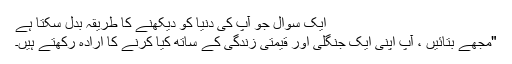
ایک سوال جو آپ کی دنیا کو دیکھنے کا طریقہ بدل سکتا ہے
"مجھے بتائیں ، آپ اپنی ایک جنگلی اور قیمتی زندگی کے ساتھ کیا کرنے کا ارادہ رکھتے ہیں۔